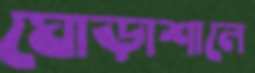
ঘোড়াশালে